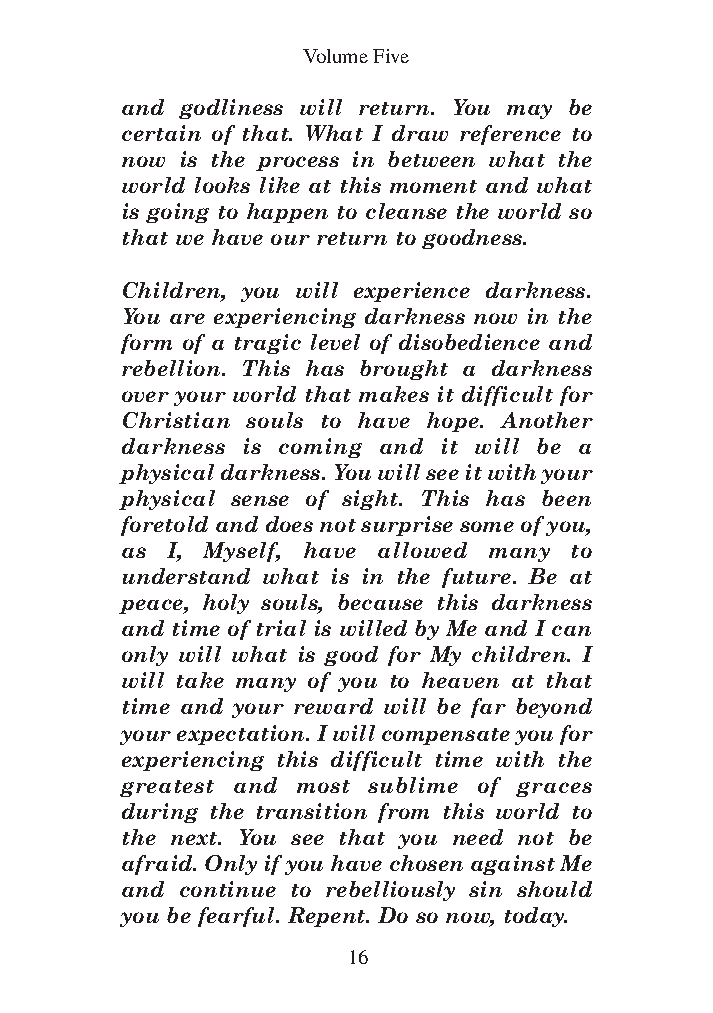
DFOT Vol 5 No App_1 12/3/13 8:54 PM Page 16
 Volume Five
 and godliness will return. You may be
 certain of that. What I draw reference to
 now is the process in between what the
 world looks like at this moment and what
 is going to happen to cleanse the world so
 that we have our return to goodness.
 Children, you will experience darkness.
 You are experiencing darkness now in the
 form of a tragic level of disobedience and
 rebellion. This has brought a darkness
 over your world that makes it difficult for
 Christian souls to have hope. Another
 darkness is coming and it will be a
 physical darkness. You will see it with your
 physical sense of sight. This has been
 foretold and does not surprise some of you,
 as I, Myself, have allowed many to
 understand what is in the future. Be at
 peace, holy souls, because this darkness
 and time of trial is willed by Me and I can
 only will what is good for My children. I
 will take many of you to heaven at that
 time and your reward will be far beyond
 your expectation. I will compensate you for
 experiencing this difficult time with the
 greatest and most sublime of graces
 during the transition from this world to
 the next. You see that you need not be
 afraid. Only if you have chosen against Me
 and continue to rebelliously sin should
 you be fearful. Repent. Do so now, today.
 16